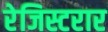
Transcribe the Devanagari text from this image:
रेजिस्टरार